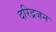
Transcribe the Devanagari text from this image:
दरिद्रजन